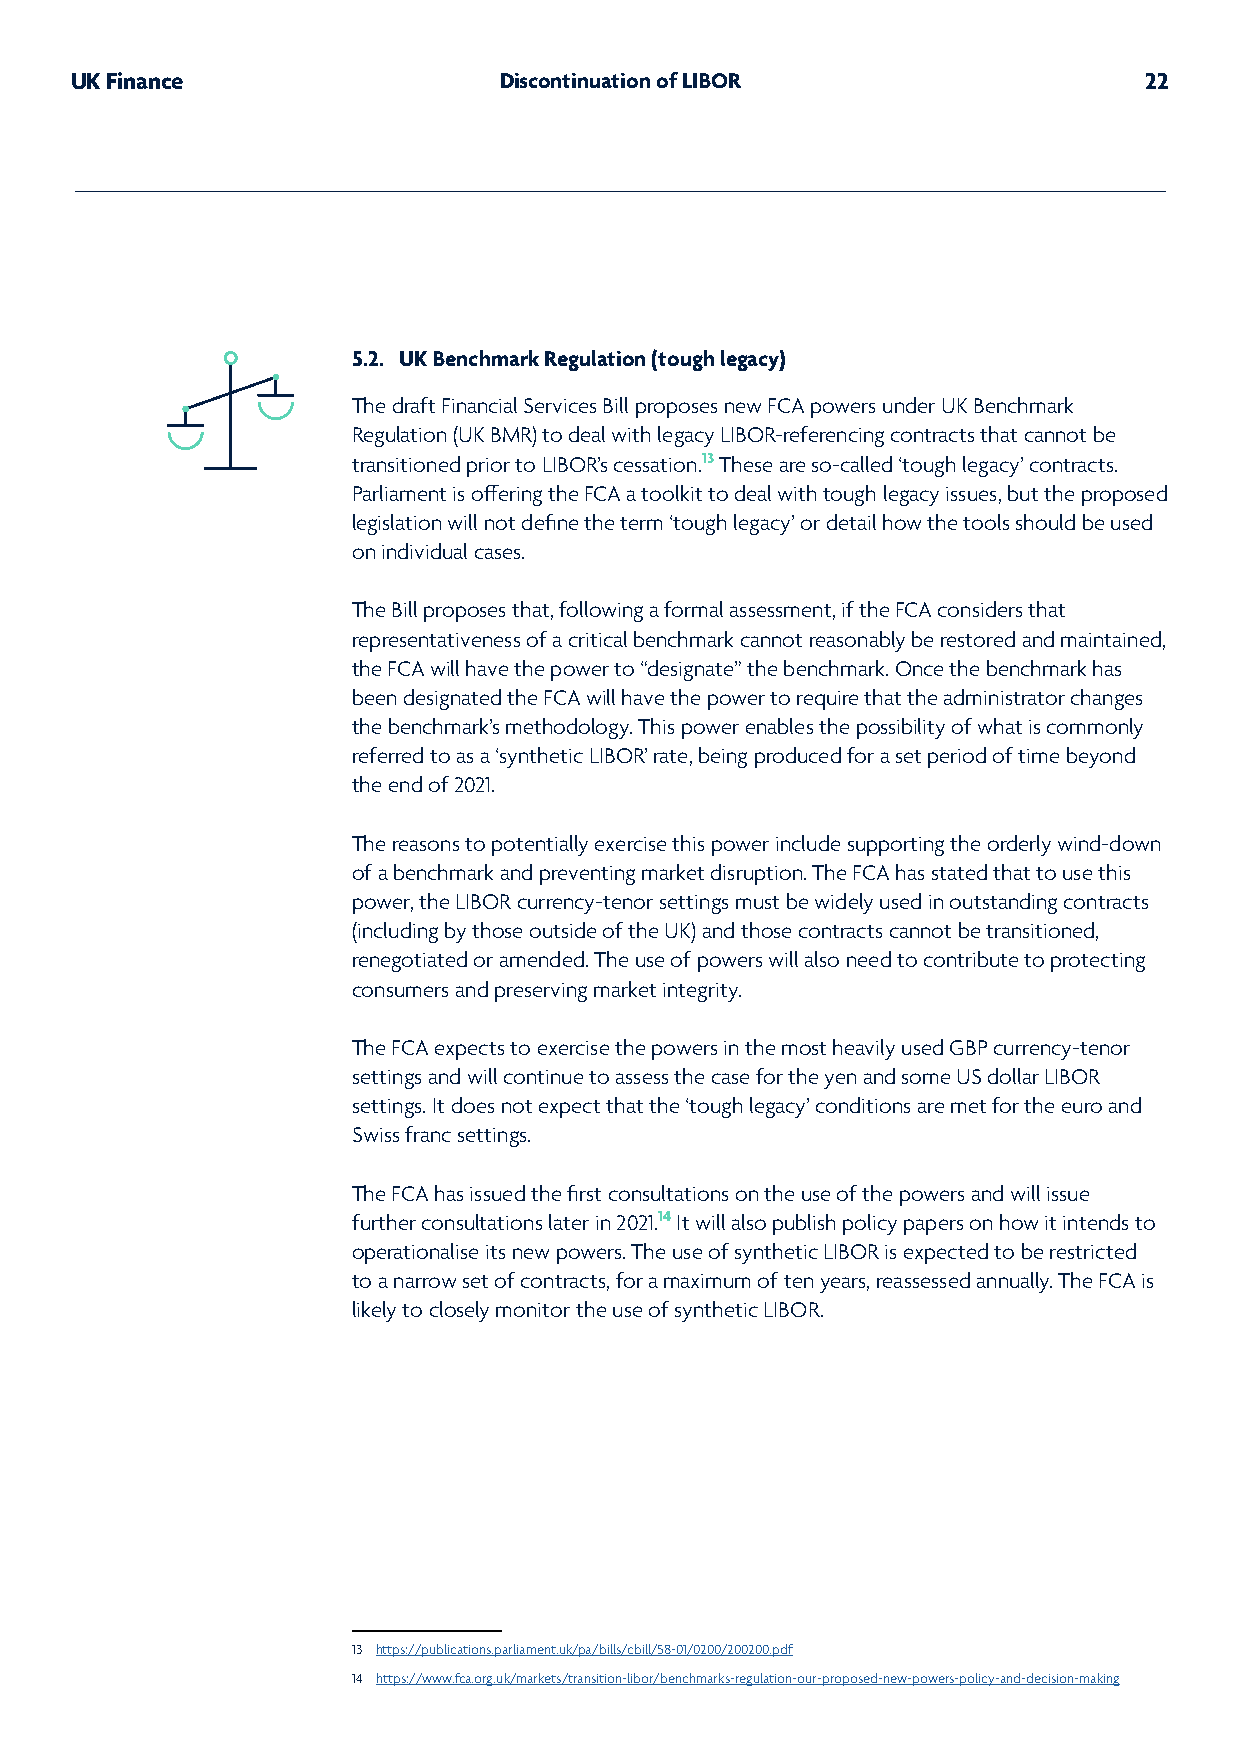
UK Finance                  Discontinuation of LIBOR                   22
 5.2. UK Benchmark Regulation (tough legacy)
 The draft Financial Services Bill proposes new FCA powers under UK Benchmark
 Regulation (UK BMR) to deal with legacy LIBOR-referencing contracts that cannot be
 transitioned prior to LIBOR’s cessation.13 These are so-called ‘tough legacy’ contracts.
 Parliament is offering the FCA a toolkit to deal with tough legacy issues, but the proposed
 legislation will not define the term ‘tough legacy’ or detail how the tools should be used
 on individual cases.
 The Bill proposes that, following a formal assessment, if the FCA considers that
 representativeness of a critical benchmark cannot reasonably be restored and maintained,
 the FCA will have the power to “designate” the benchmark. Once the benchmark has
 been designated the FCA will have the power to require that the administrator changes
 the benchmark’s methodology. This power enables the possibility of what is commonly
 referred to as a ‘synthetic LIBOR’ rate, being produced for a set period of time beyond
 the end of 2021.
 The reasons to potentially exercise this power include supporting the orderly wind-down
 of a benchmark and preventing market disruption. The FCA has stated that to use this
 power, the LIBOR currency-tenor settings must be widely used in outstanding contracts
 (including by those outside of the UK) and those contracts cannot be transitioned,
 renegotiated or amended. The use of powers will also need to contribute to protecting
 consumers and preserving market integrity.
 The FCA expects to exercise the powers in the most heavily used GBP currency-tenor
 settings and will continue to assess the case for the yen and some US dollar LIBOR
 settings. It does not expect that the ‘tough legacy’ conditions are met for the euro and
 Swiss franc settings.
 The FCA has issued the first consultations on the use of the powers and will issue
 further consultations later in 2021.14 It will also publish policy papers on how it intends to
 operationalise its new powers. The use of synthetic LIBOR is expected to be restricted
 to a narrow set of contracts, for a maximum of ten years, reassessed annually. The FCA is
 likely to closely monitor the use of synthetic LIBOR.
 13 https://publications.parliament.uk/pa/bills/cbill/58-01/0200/200200.pdf
 14 https://www.fca.org.uk/markets/transition-libor/benchmarks-regulation-our-proposed-new-powers-policy-and-decision-making